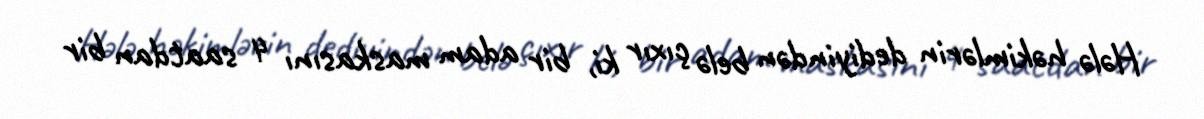
Hələ həkimlərin dediyindən belə çıxır ki, bir adam maskasını 4 saatdan bir